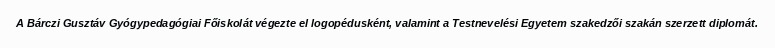
A Bárczi Gusztáv Gyógypedagógiai Főiskolát végezte el logopédusként, valamint a Testnevelési Egyetem szakedzői szakán szerzett diplomát.